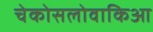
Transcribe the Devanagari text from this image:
चेकोसलोवाकिआ